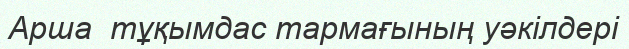
Арша  тұқымдас тармағының уәкілдері